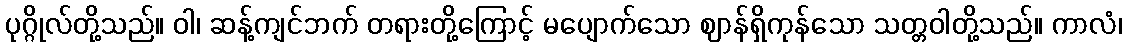
ပုဂ္ဂိုလ်တို့သည်။ ဝါ၊ ဆန့်ကျင်ဘက် တရားတို့ကြောင့် မပျောက်သော ဈာန်ရှိကုန်သော သတ္တဝါတို့သည်။ ကာလံ၊